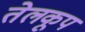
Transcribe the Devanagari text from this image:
तेलकूप